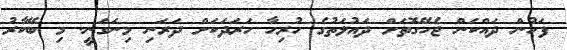
ފަހުން ދައްކަން ޖެހޭގޮތަށް ދައުލަތުގެ ހުރިހާ ހަރަދަކަށް ދަރަނި މިނަގަނީ. މި ބޭކާރު